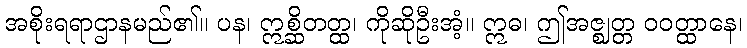
အစိုးရရာဌာနမည်၏။ ပန၊ ဣစ္ဆိတတ္ထ၊ ကိုဆိုဦးအံ့။ ဣဓ၊ ဤအဇ္ဈတ္တ ဝဝတ္ထာနေ၊